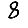
Digit: 8